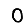
Digit: 0